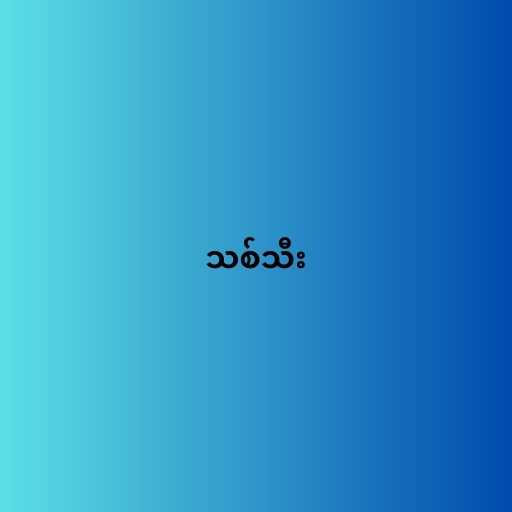
သစ်သီး